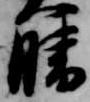
晴